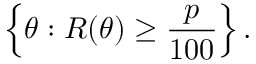
\left\{ \theta : R ( \theta ) \geq { \frac { p } { 1 0 0 } } \right\} .